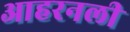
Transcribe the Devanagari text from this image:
आहरनली